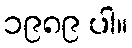
၁၉၈၉ ပါ။